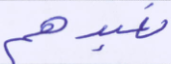
نعبدهم